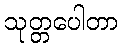
သုတ္တပေါတာ